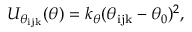
U _ { \theta _ { \mathrm { i j k } } } ( \theta ) = k _ { \theta } ( \theta _ { \mathrm { i j k } } - \theta _ { 0 } ) ^ { 2 } ,